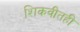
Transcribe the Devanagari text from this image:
शिकवीतही